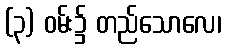
(၃) ဝမ်း၌ တည်သောလေ၊